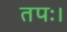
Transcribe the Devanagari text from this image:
तपः।